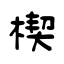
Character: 楔